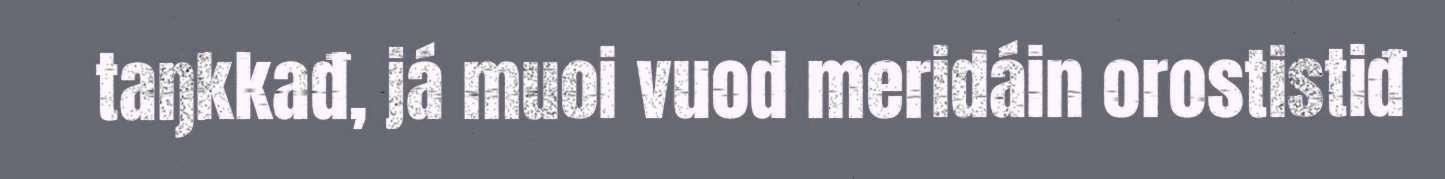
taŋkkađ, já muoi vuod meridáin orostistiđ